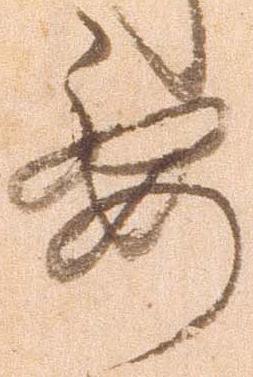
要